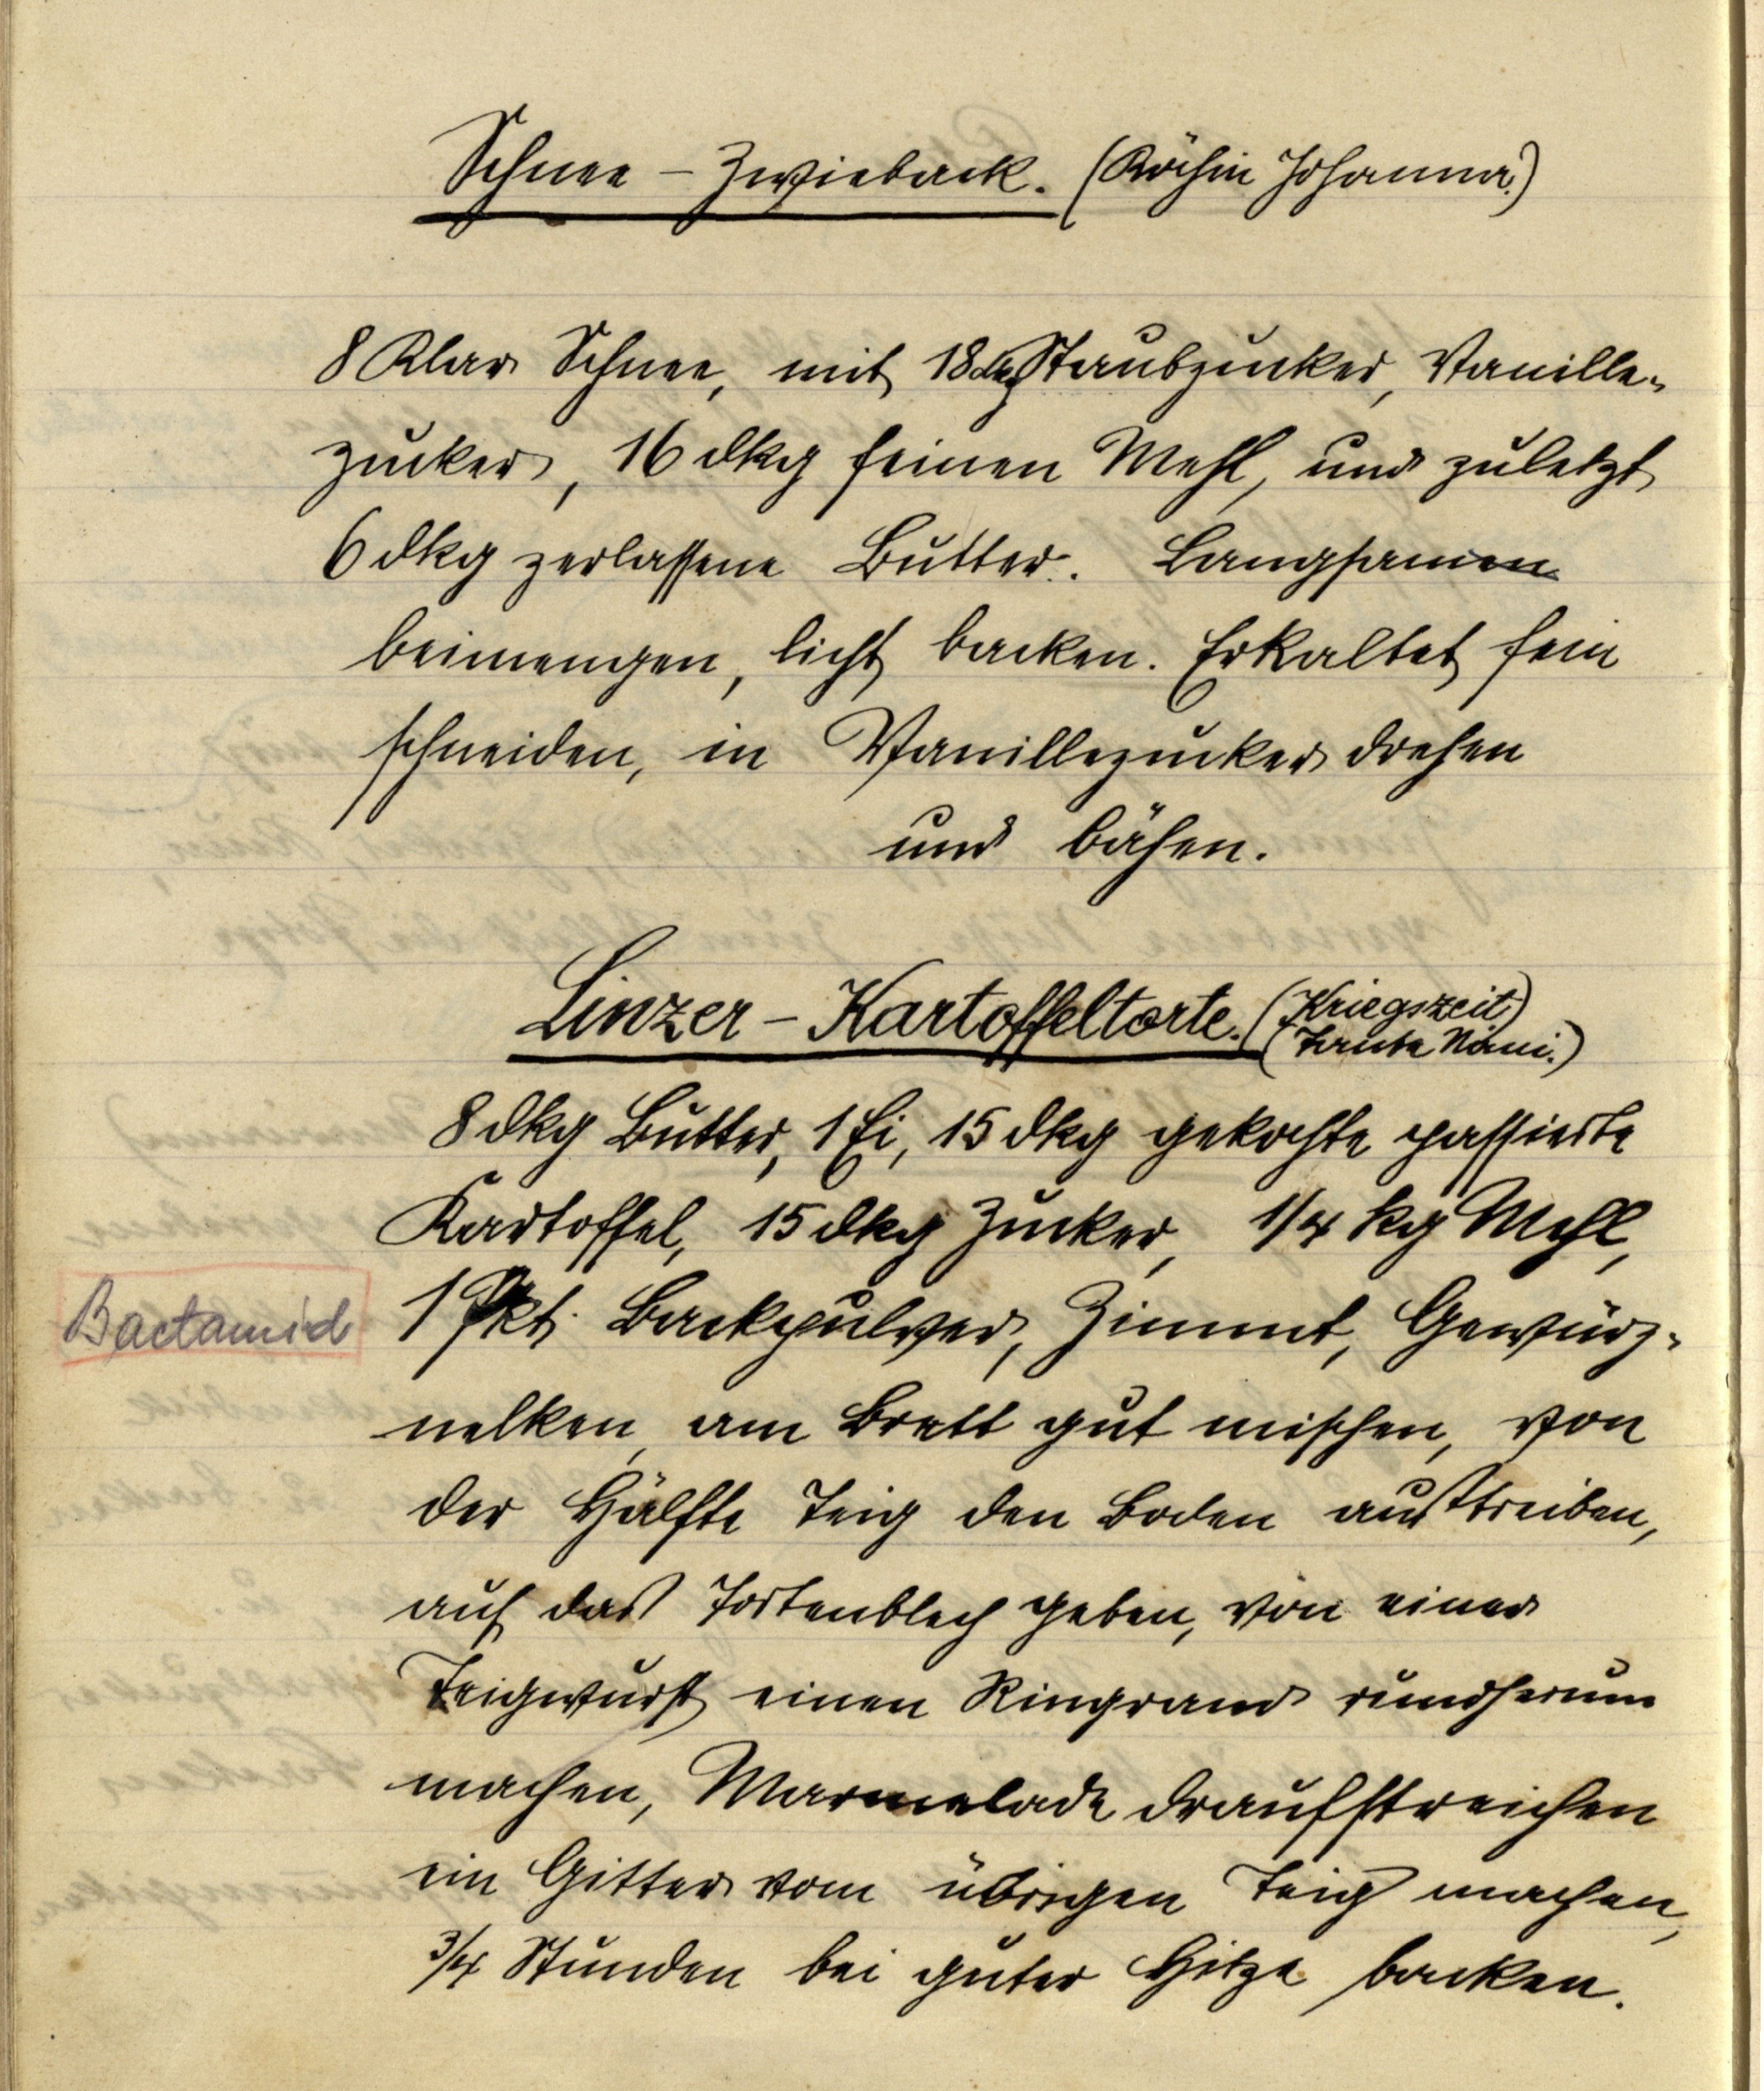
Schnee-Zwieback. (Köchin Johanna.)
8 Klar Schnee, mit 18 dkg Staubzucker, Vanille¬
zucker, 16 dkg feinen Mehl, und zuletzt
6 dkg zerlassene Butter. Langsamen
beimengen, licht backen. Erkaltet fein
schneiden, in Vanillezucker drehen
und bähen.

Linzer-Kartoffeltorte.
(Kriegszeit.)
(Tante Nani.)
8 dkg Butter, 1 Ei, 15 dkg gekochte passierte
Kartoffel, 15 dkg Zucker, ¼ kg Mehl,
1 Pkt. Backpulver, Zimmt, Gewürz¬
nelken, am Brett gut mischen, von
der Hälfte Teig den Boden austreiben,
auf das Tortenblech geben, von einer
Teigwurst einen Ringrand rundherum
machen, Marmelade draufstreichen
ein Gitter vom übrigen Teig machen,
¾ Stunden bei guter Hitze backen.

Bactamid